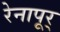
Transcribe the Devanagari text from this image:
रेनापूर्